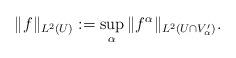
LaTeX: \begin{align*}\|f\|_{L^{2}(U)} := \sup_{\alpha} \|f^\alpha\|_{L^{2}(U\cap V'_{\alpha})}.\end{align*}